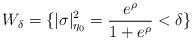
LaTeX: \begin{align*}W_\delta = \{ |\sigma|_{\eta_0}^2 = \frac {e^\rho}{1 + e^\rho} < \delta \}\end{align*}